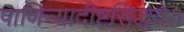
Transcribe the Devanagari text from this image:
पाणिन्यादीष्टसिद्धये॥